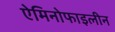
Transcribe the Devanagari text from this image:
ऐमिनोफाइलीन